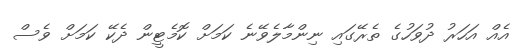
އެއް އަހަރު ދުވަހުގެ ތެރޭގައި ނިންމާލެވޭނެ ކަމަށް ކޮމެޓީން ދެކޭ ކަމަށް ވެސް